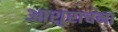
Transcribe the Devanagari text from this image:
आशुराचना